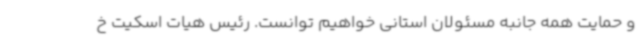
و حمایت همه جانبه مسئولان استانی خواهیم توانست. رئیس هیات اسکیت خ